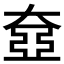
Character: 𡙞